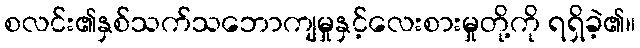
စလင်း၏နှစ်သက်သဘောကျမှုနှင့်လေးစားမှုတို့ကို ရရှိခဲ့၏။